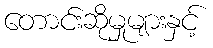
တောင်းဆိုမှုများနှင့်